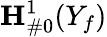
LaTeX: {\mathbf{H}}_{\# 0}^{1}(Y_{f})